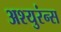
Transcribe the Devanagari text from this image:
अश्युरंन्स